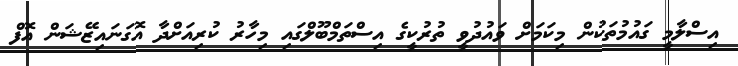
އިސްލާމީ ގައުމުތަކުން މިކަމަށް ވައުދުވީ ތުރުކީގެ އިސްތަމްބޫލްގައި މިހާރު ކުރިއަށްދާ އޮގަނައިޒޭޝަން އޮފް